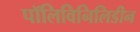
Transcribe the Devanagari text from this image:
पॉलिविनिलिडीन